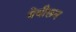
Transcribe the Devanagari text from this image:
बेबीलन